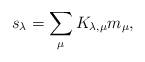
LaTeX: \begin{align*} s_\lambda = \sum_\mu K_{\lambda,\mu} m_\mu,\end{align*}